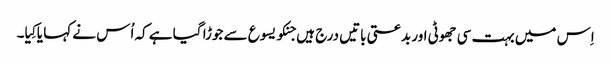
اِس میں بہت سی جھوٹی اور بدعتی باتیں درج ہیں جنکو یسوع سے جوڑا گیا ہے کہ اُس نے کہا یا کِیا۔